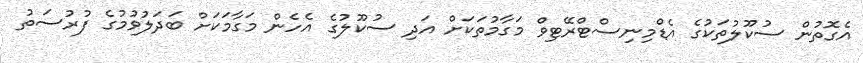
އެގޮތުން ސުކޫލުތަކުގެ އެޑްމިނިސްޓްރޭޓިވް މަގާމުތަކަށް އަދި ސުކޫލުގެ އެހެން މަގާމަކަށް ބަދަލުވުމުގެ ފުރުސަތު